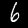
Digit: 6